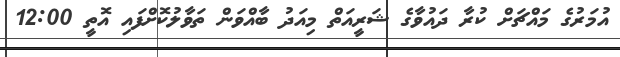
އުމަރުގެ މައްޗަށް ކުރާ ދައުވާގެ ޝަރީއަތް މިއަދު ބާއްވަން ތަވާލުކޮށްފައި އޮތީ 12:00